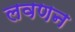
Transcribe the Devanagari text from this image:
लवणन